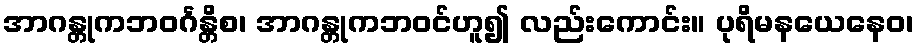
အာဂန္တုကဘဝင်္ဂန္တိစ၊ အာဂန္တုကဘဝင်ဟူ၍ လည်းကောင်း။ ပုရိမနယေနေဝ၊